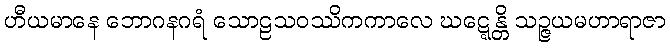
ဟီယမာနေ ဘောဂနဂရံ သောဠသဝဿိကကာလေ ဃဋ္ဋေန္တိ သဉ္ဇယမဟာရာဇာ